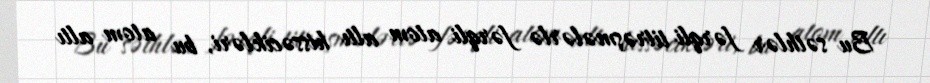
Bu səthlər fərqli titrəşmələrlə fərqli atom altı hissəcikləri, bu atom altı